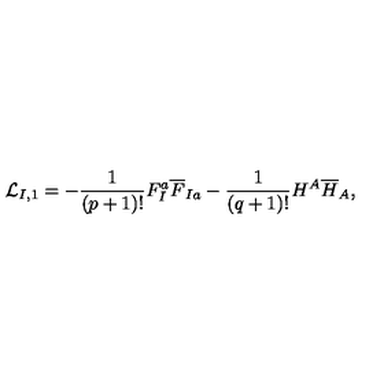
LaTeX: { \cal L } _ { I , 1 } = - \frac { 1 } { ( p + 1 ) ! } F _ { I } ^ { a } { \overline { F } } _ { I a } - \frac { 1 } { ( q + 1 ) ! } H ^ { A } { \overline { H } } _ { A } ,